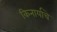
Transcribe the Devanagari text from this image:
किनार्याचे